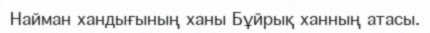
Найман хандығының ханы Бұйрық ханның атасы.